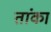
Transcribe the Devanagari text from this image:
तांका